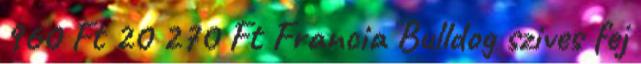
960 Ft 20 270 Ft Francia Bulldog szives fej